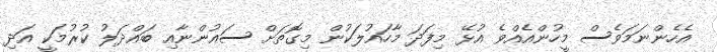
އެހެންނަމަވެސް މީހުންއެއްވެ އުޅޭ މިފަދަ މާހައުލަކުން މިގޮތަށް ސައުންނާއި ބައްދަލު ކުރުމަކީ އަދި